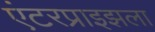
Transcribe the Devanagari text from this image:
एंटरप्राइझला